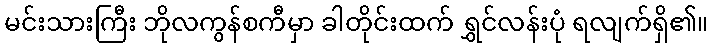
မင်းသားကြီး ဘိုလကွန်စကီမှာ ခါတိုင်းထက် ရွှင်လန်းပုံ ရလျက်ရှိ၏။